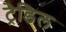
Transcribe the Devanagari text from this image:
ट्रेडिल